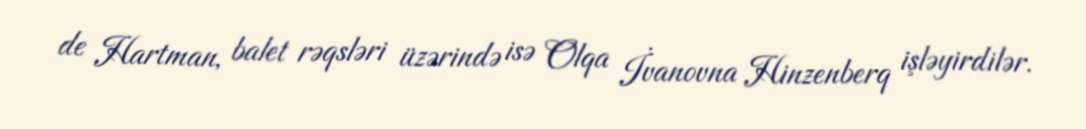
de Hartman, balet rəqsləri üzərində isə Olqa İvanovna Hinzenberq işləyirdilər.